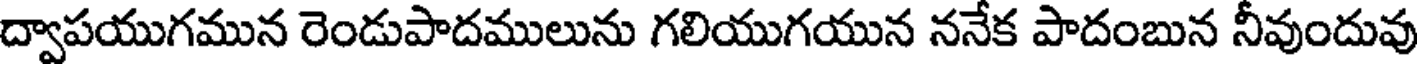
ద్వాపయుగమున రెండుపాదములును గలియుగయున ననేక పాదంబున నీవుందువు